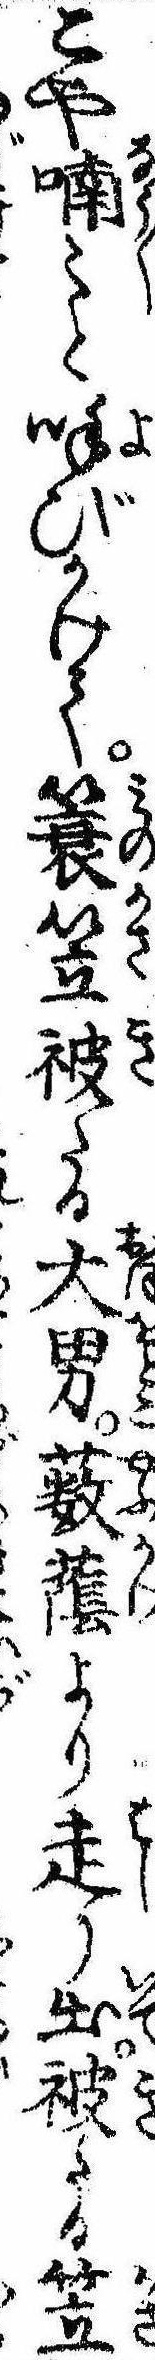
こや喃々と呼びかけて簑笠被たる大男薮蔭より走り出被たる笠